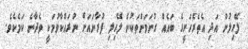
ލޭހިލުން އަދި އެތެރެހަށީގެ ބައެއް ގުނަވަންތަކުން ލޭހިލި ފުރާނައަށް ނުރައްކާވުމަކީ ވެދާނެ ކަމެކެވެ.